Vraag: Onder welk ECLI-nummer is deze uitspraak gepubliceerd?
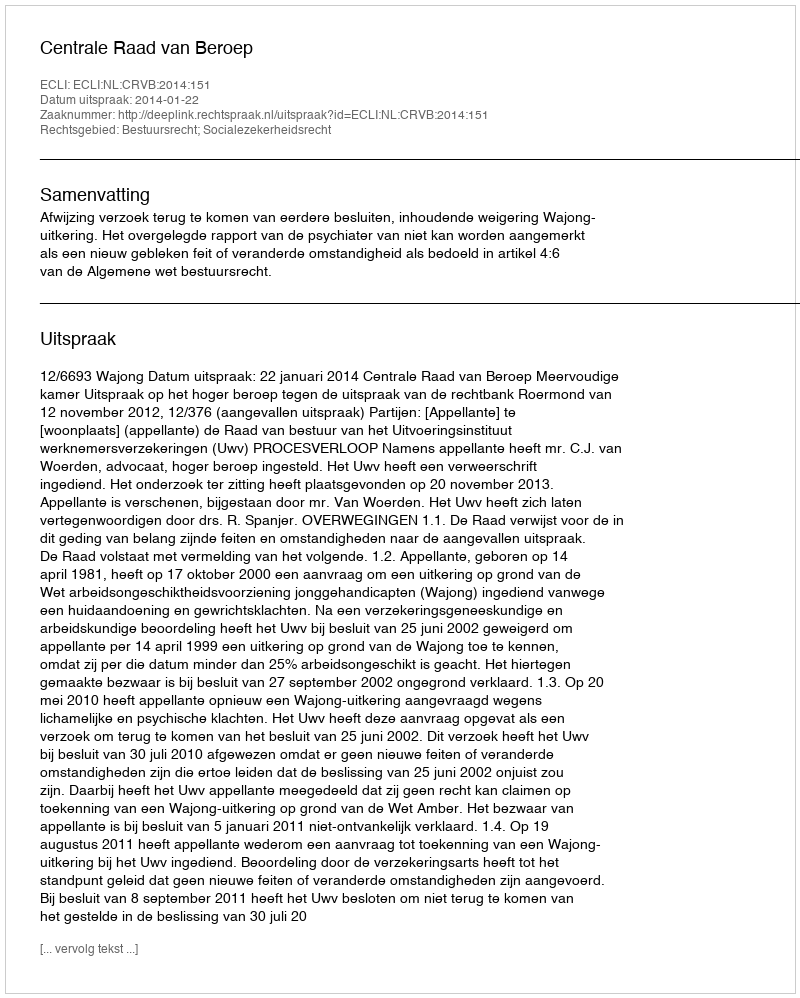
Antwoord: ECLI:NL:CRVB:2014:151